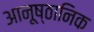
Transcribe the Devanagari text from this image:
आनूष्ठानिक